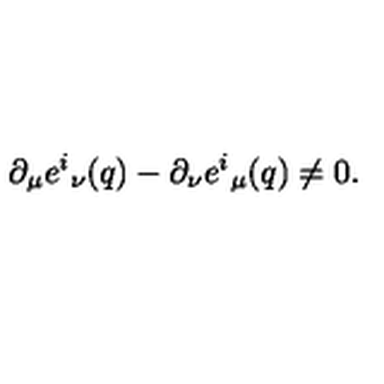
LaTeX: \partial _ { \mu } e ^ { i } { } _ { \nu } ( q ) - \partial _ { \nu } e ^ { i } { } _ { \mu } ( q ) \neq 0 .